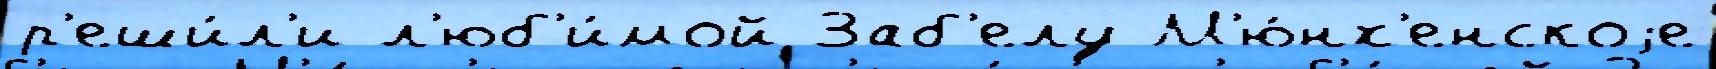
р'еши́л'и л'юб'и́мой Заб'елу М'ю́нх'енскоjе